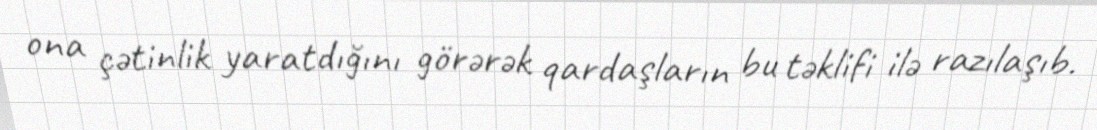
ona çətinlik yaratdığını görərək qardaşların bu təklifi ilə razılaşıb.